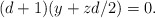
\begin{align*}(d+1)(y+zd/2)=0.\end{align*}